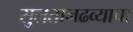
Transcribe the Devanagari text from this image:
सुलतानढव्याचा